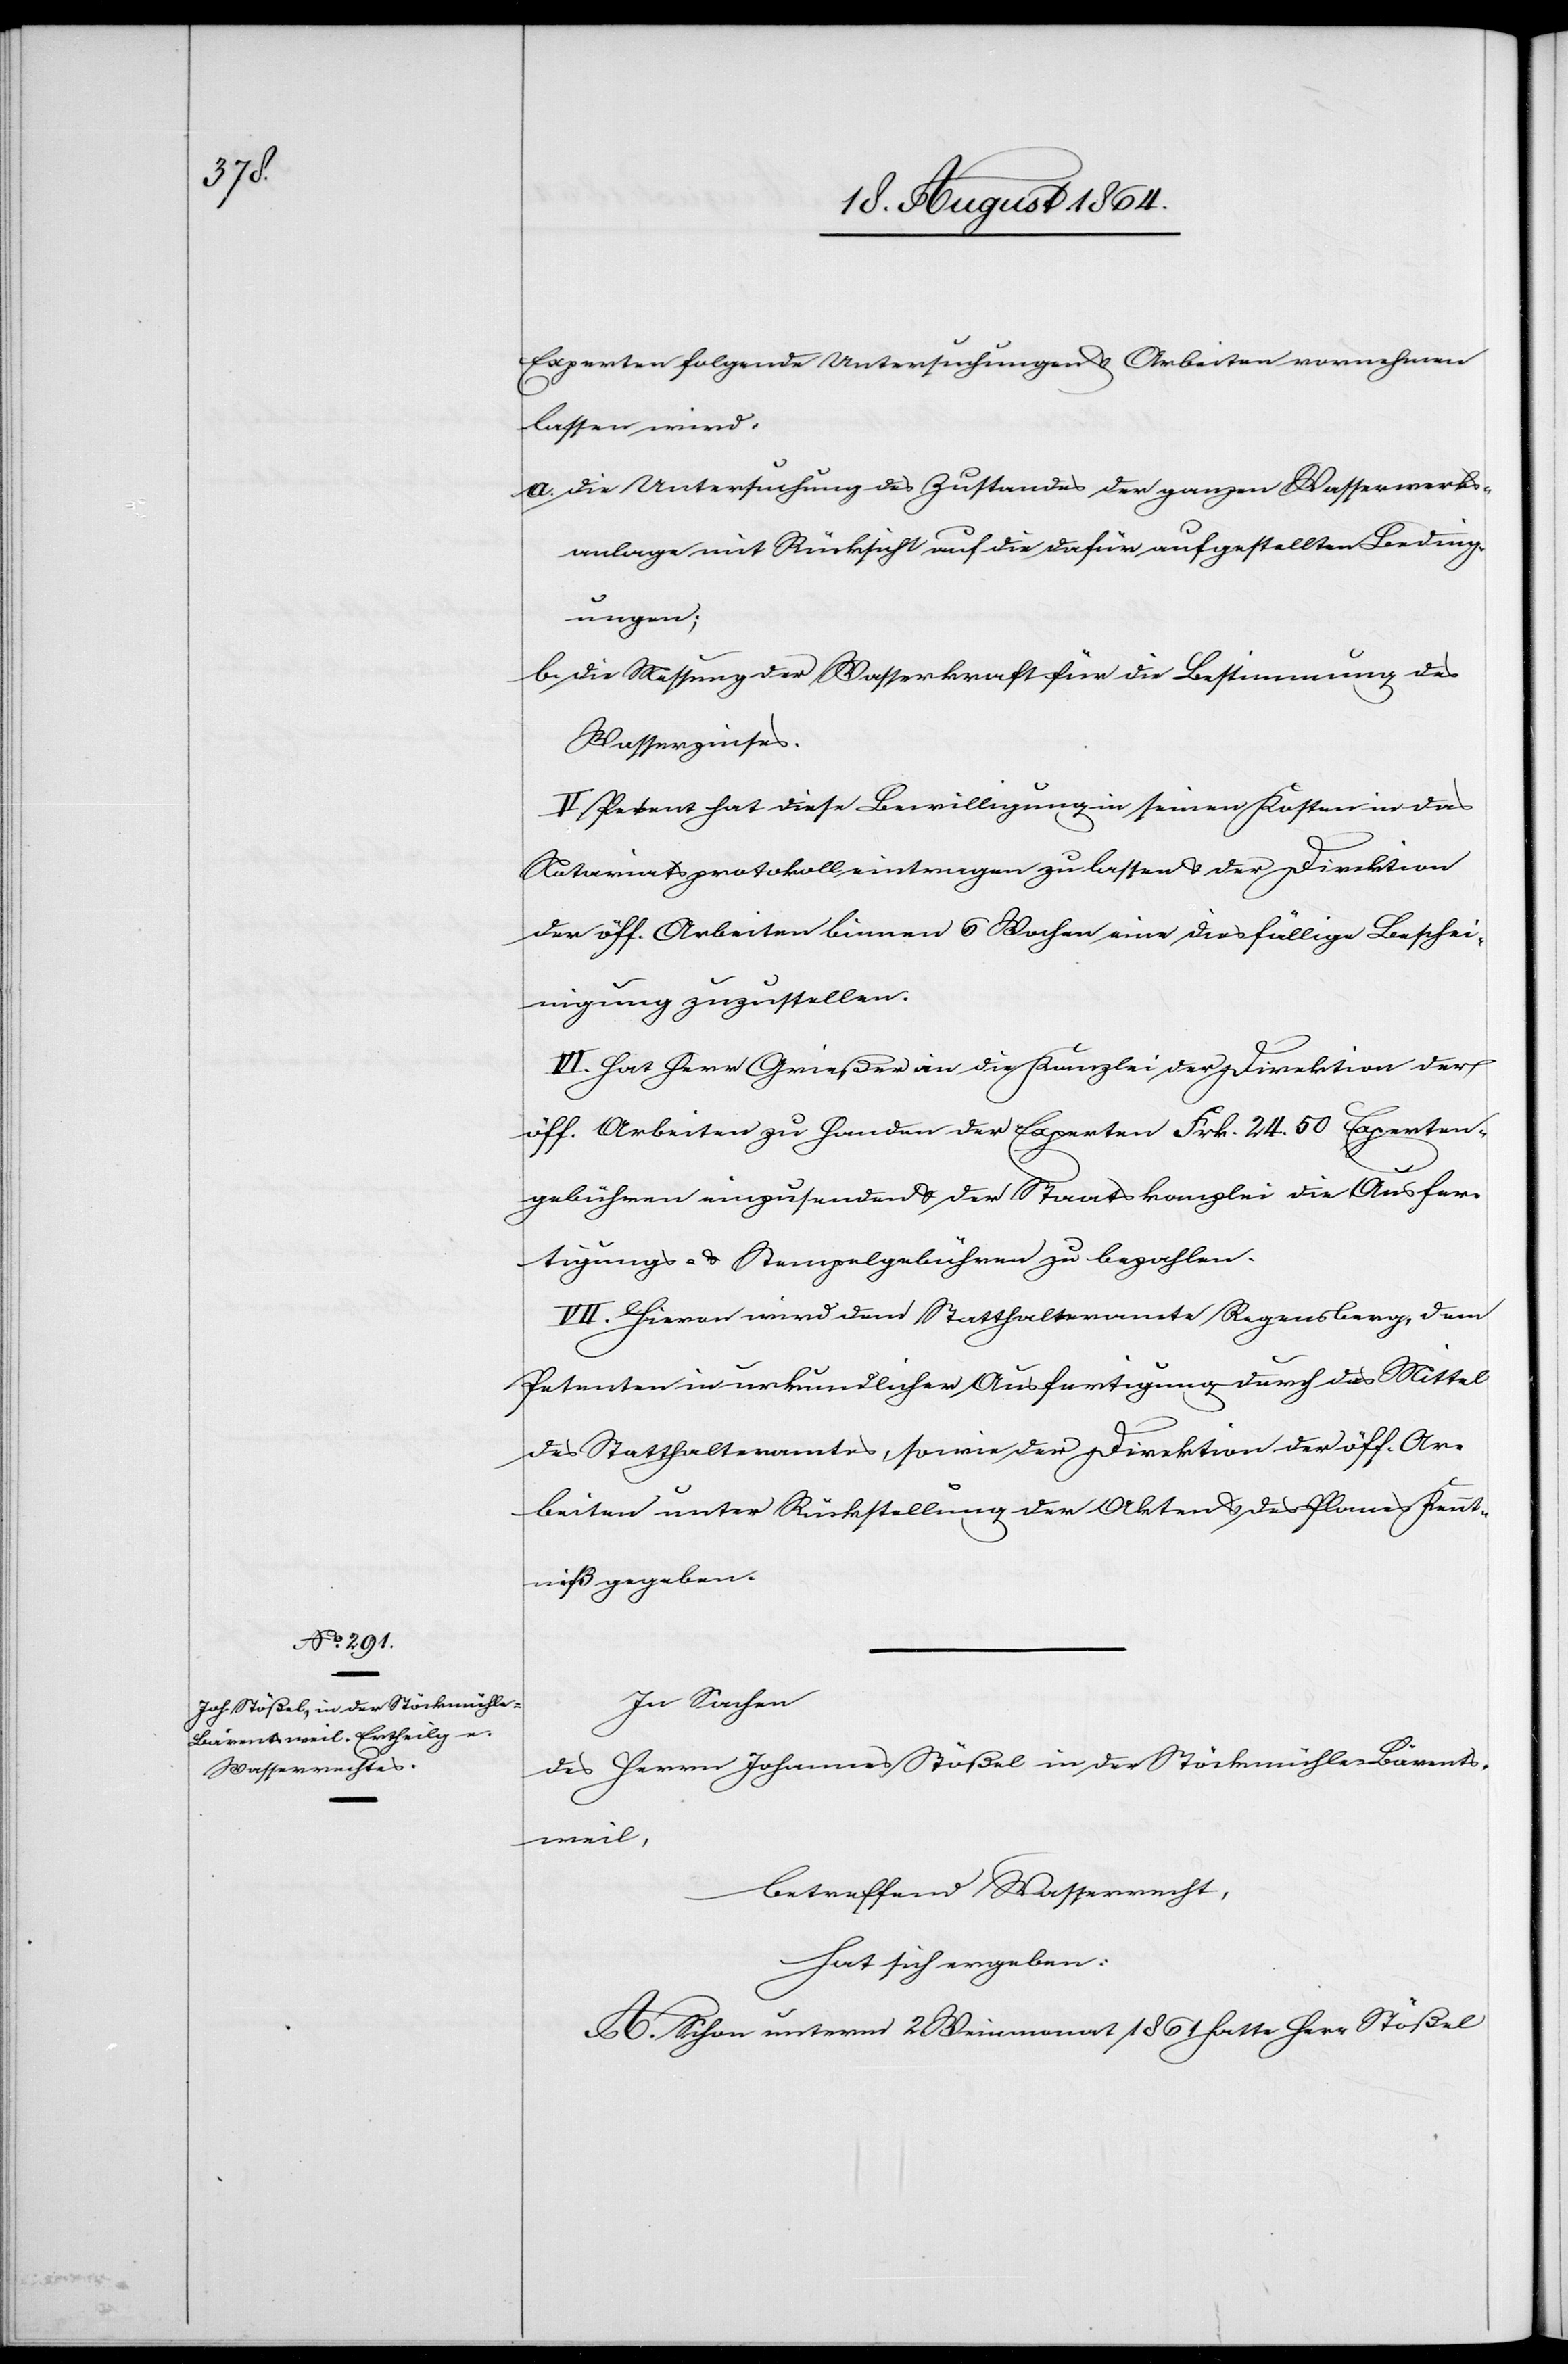
Experten folgende Untersuchungen & Arbeiten vornehmen
lassen wird:
a.	die Untersuchung des Zustandes der ganzen Wasserwerks¬
anlage mit Rücksicht auf die dafür aufgestellten Beding¬
ungen;
b.	die Messung der Wasserkraft für die Bestimmung des
Wasserzinses.
V. Petent hat diese Bewilligung in seinen Kosten in das
Notariatsprotokoll eintragen zu lassen & der Direktion
der öff. Arbeiten binnen 6 Wochen eine diesfällige Beschei¬
nigung zuzustellen.
VI. Hat Herr Grießer an die Kanzlei der Direktion der
öff. Arbeiten zu Handen des Experten Frk. 24.50 Experten¬
gebühren einzusenden & der Staatskanzlei die Ausfer¬
tigungs- & Stempelgebühren zu bezahlen.
VII. Hievon wird dem Statthalteramte Regensberg, dem
Petenten in urkundlicher Ausfertigung durch das Mittel
des Statthalteramtes, sowie der Direktion der öff. Ar¬
beiten unter Rückstellung der Akten & des Planes Kennt¬
niß gegeben.
In Sachen
des Herrn Johannes Stößel in der Stöckmühle-Bärents¬
weil,
betreffend Wasserrecht,
hat sich ergeben:
A. Schon unterm 2. Weinmonat 1861 hatte Herr Stößel